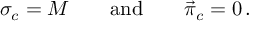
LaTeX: \sigma _ { c } = M \qquad \mathrm { a n d } \qquad \vec { \pi } _ { c } = 0 \, .